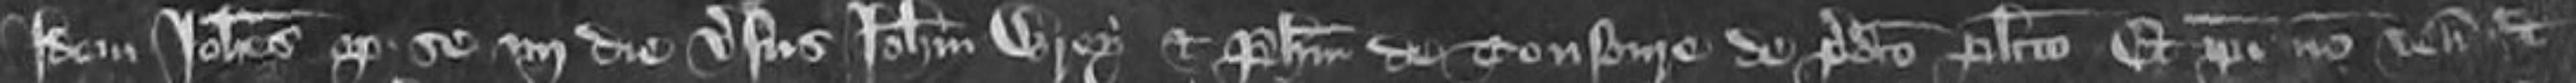
Idem Johannes optulit se quarto die versus Johannem Wrey et Philipum de Tonsoure de predicto placito Et ipsi non veniunt Et